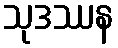
သုဒဿန